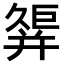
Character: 𢆩